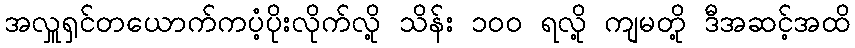
အလှူရှင်တယောက်ကပံ့ပိုးလိုက်လို့ သိန်း ၁၀၀ ရလို့ ကျမတို့ ဒီအဆင့်အထိ